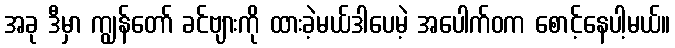
အခု ဒီမှာ ကျွန်တော် ခင်ဗျားကို ထားခဲ့မယ်ဒါပေမဲ့ အပေါက်ဝက စောင့်နေပါ့မယ်။